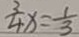
\frac { 3 } { 4 } x = \frac { 1 } { 3 }